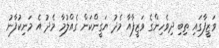
ވަޒީފާގައި ތިބި ދިވެހިންގެ ވަޒީފާއާ މެދު ޔަގީންކަން ގެއްލުމާ މެދު އެ މަނިކުފާނު